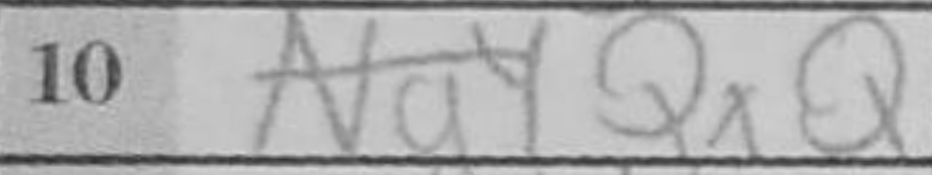
Transcription: QxQ